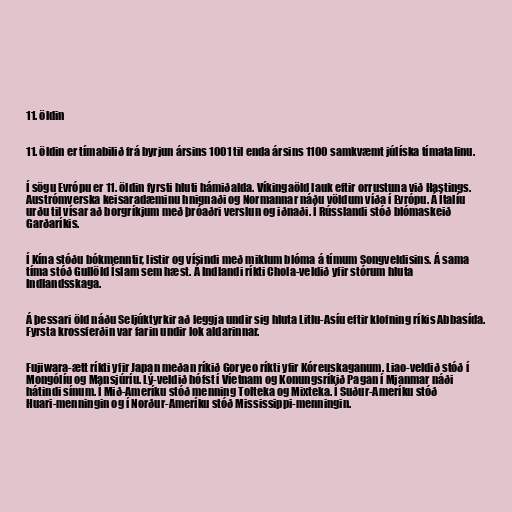
11. öldin

11. öldin er tímabilið frá byrjun ársins 1001 til enda ársins 1100 samkvæmt júlíska tímatalinu.

Í sögu Evrópu er 11. öldin fyrsti hluti hámiðalda. Víkingaöld lauk eftir orrustuna við Hastings.
Austrómverska keisaradæminu hnignaði og Normannar náðu völdum víða í Evrópu. Á Ítalíu
urðu til vísar að borgríkjum með þróaðri verslun og iðnaði. Í Rússlandi stóð blómaskeið
Garðaríkis.

Í Kína stóðu bókmenntir, listir og vísindi með miklum blóma á tímum Songveldisins. Á sama
tíma stóð Gullöld Íslam sem hæst. Á Indlandi ríkti Chola-veldið yfir stórum hluta
Indlandsskaga.

Á þessari öld náðu Seljúktyrkir að leggja undir sig hluta Litlu-Asíu eftir klofning ríkis Abbasída.
Fyrsta krossferðin var farin undir lok aldarinnar.

Fujiwara-ætt ríkti yfir Japan meðan ríkið Goryeo ríkti yfir Kóreuskaganum. Liao-veldið stóð í
Mongólíu og Mansjúríu. Lý-veldið hófst í Víetnam og Konungsríkið Pagan í Mjanmar náði
hátindi sínum. Í Mið-Ameríku stóð menning Tolteka og Mixteka. Í Suður-Ameríku stóð
Huari-menningin og í Norður-Ameríku stóð Mississippi-menningin.